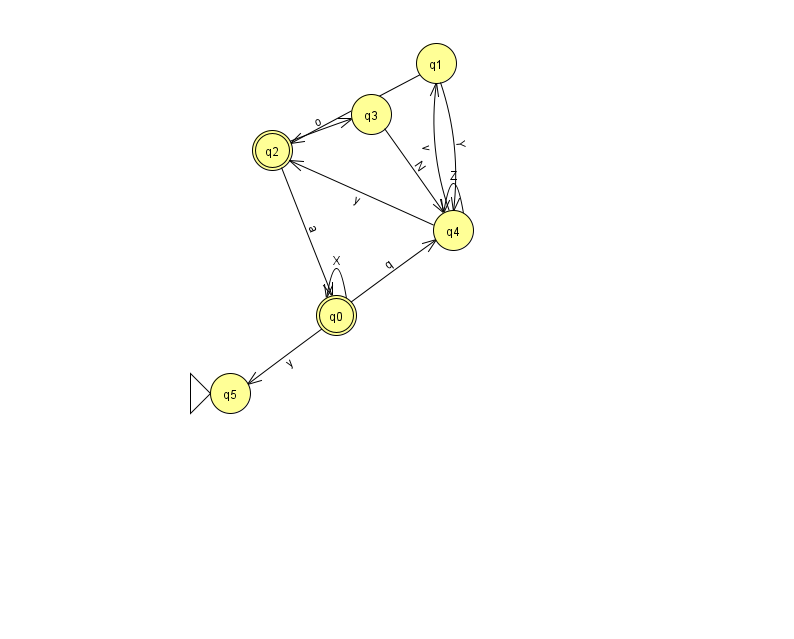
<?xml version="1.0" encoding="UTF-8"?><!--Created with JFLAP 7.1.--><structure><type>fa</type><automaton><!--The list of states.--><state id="0" name="q0"><x>336.0</x><y>302.0</y><final/></state><state id="1" name="q1"><x>436.0</x><y>50.0</y></state><state id="2" name="q2"><x>272.0</x><y>137.0</y><final/></state><state id="3" name="q3"><x>371.0</x><y>101.0</y></state><state id="4" name="q4"><x>453.0</x><y>217.0</y></state><state id="5" name="q5"><x>230.0</x><y>380.0</y><initial/></state><!--The list of transitions.--><transition><from>1</from><to>2</to><read>d</read></transition><transition><from>2</from><to>0</to><read>a</read></transition><transition><from>2</from><to>3</to><read>o</read></transition><transition><from>0</from><to>5</to><read>y</read></transition><transition><from>4</from><to>1</to><read>v</read></transition><transition><from>0</from><to>4</to><read>q</read></transition><transition><from>3</from><to>4</to><read>N</read></transition><transition><from>0</from><to>0</to><read>X</read></transition><transition><from>4</from><to>4</to><read>Z</read></transition><transition><from>1</from><to>4</to><read>Y</read></transition><transition><from>4</from><to>2</to><read>y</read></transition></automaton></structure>